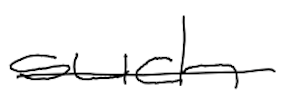
Text: such
Cross-out: single-line
Writing tool: digital_black